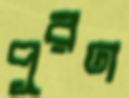
পূরণ